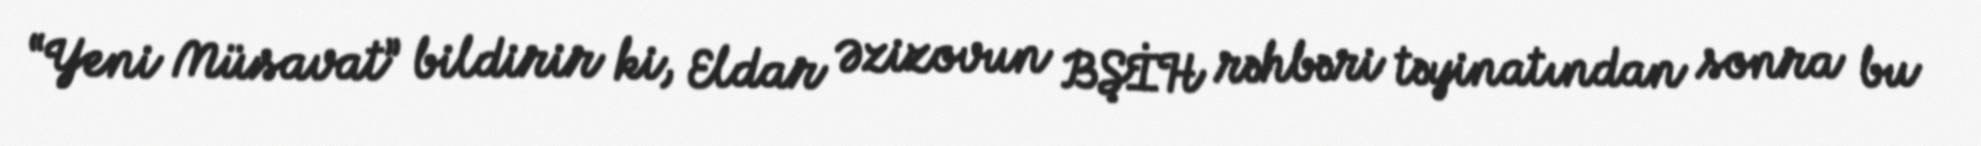
“Yeni Müsavat” bildirir ki, Eldar Əzizovun BŞİH rəhbəri təyinatından sonra bu